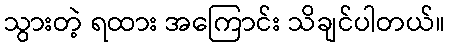
သွားတဲ့ ရထား အကြောင်း သိချင်ပါတယ်။